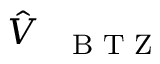
\hat { V } _ { \mathrm { ~ { ~ \scriptsize ~ B ~ T ~ Z ~ } ~ } }